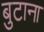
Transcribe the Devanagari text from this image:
बुटाना